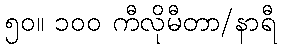
၅၀။ ၁၀၀ ကီလိုမီတာ/နာရီ